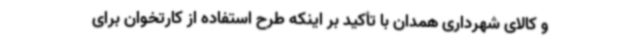
و کالای شهرداری همدان با تأکید بر اینکه طرح استفاده از کارتخوان برای